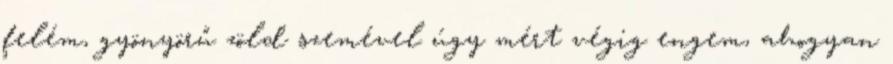
felém, gyönyörű zöld szemével úgy mért végig engem, ahogyan